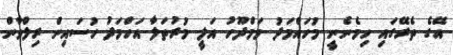
އޭގެ ތެރޭގައި ހިމެނެނީ މުހައްމަދު މަމްދޫހު އަލީ މުރުތަލާ އަހްމަދު ހުސައިން ރިލްވާން